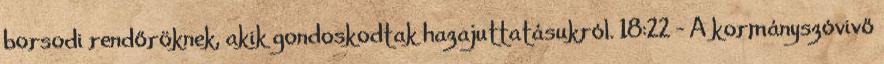
borsodi rendőröknek, akik gondoskodtak hazajuttatásukról. 18:22 - A kormányszóvivő